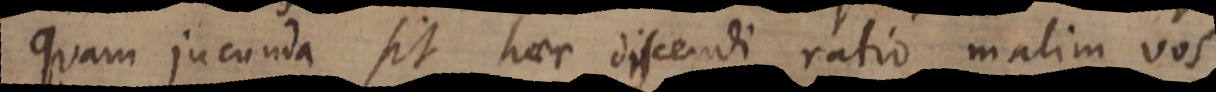
Quam jucunda sit haec discendi ratio malim vos